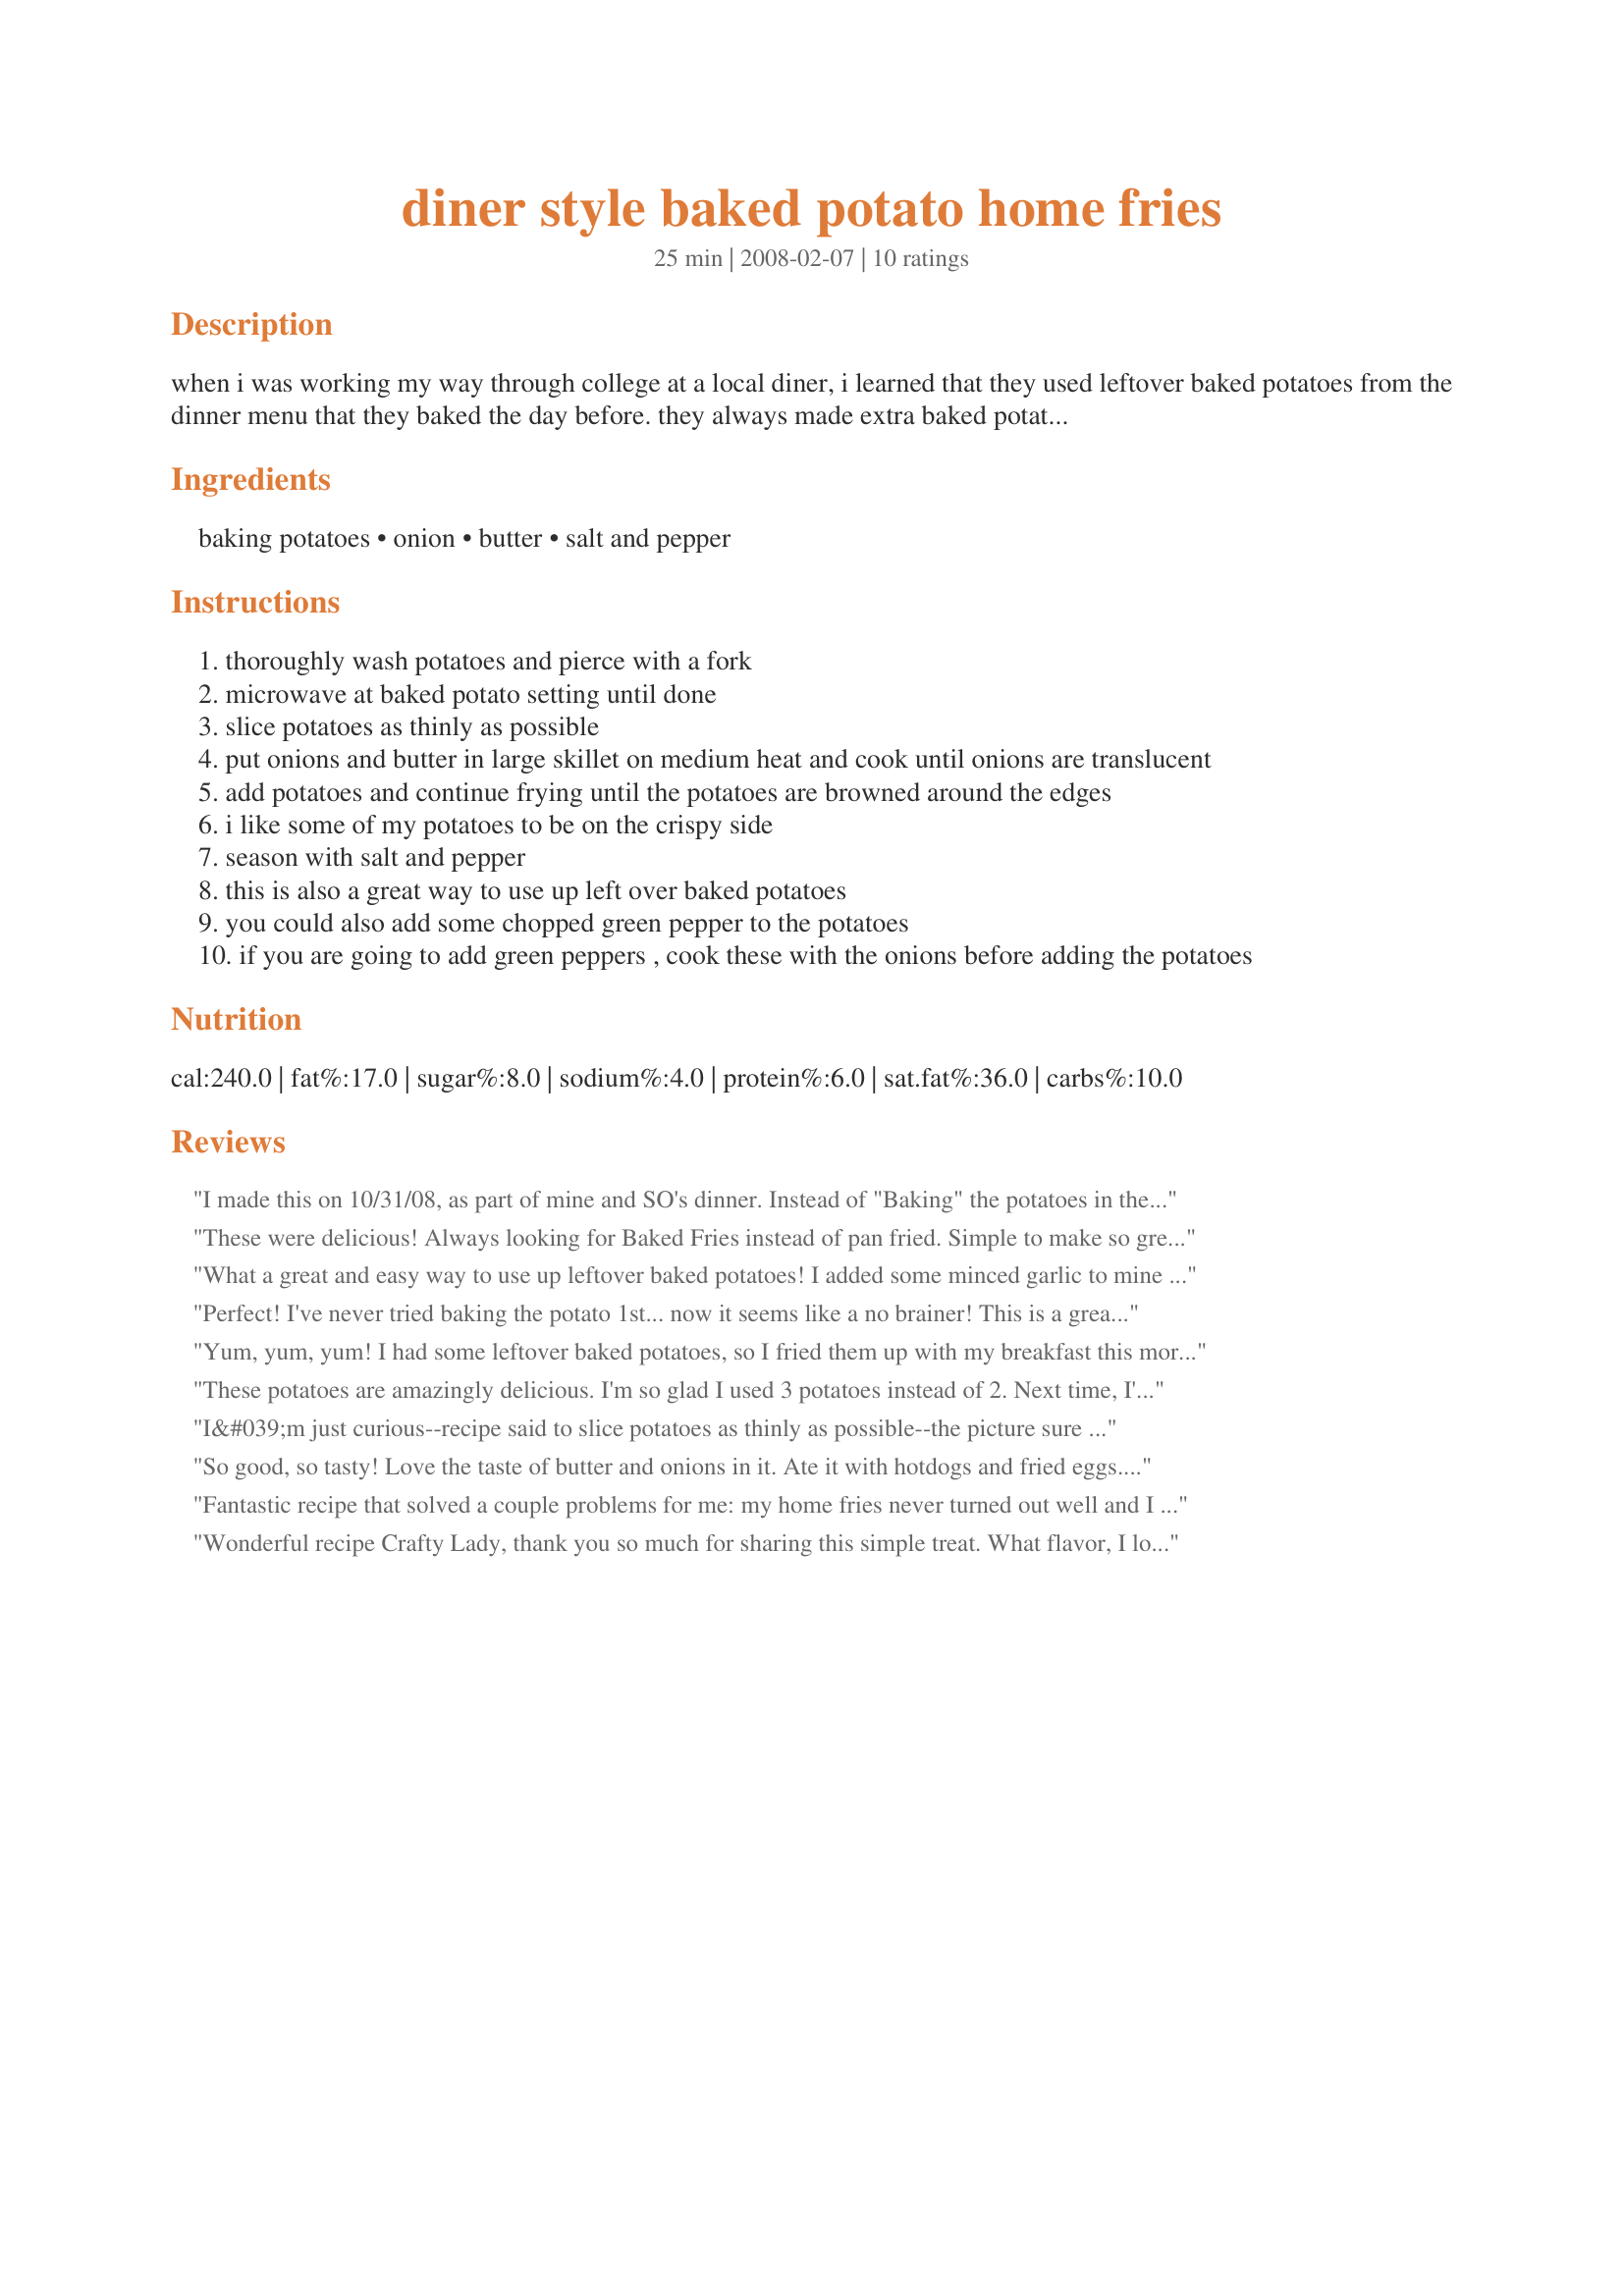
diner style baked potato home fries
Preparation time: 25 minutes

when i was working my way through college at a local diner, i learned that they used leftover baked potatoes from the dinner menu that they baked the day before. they always made extra baked potatoes so that they could use them for home fries the next morning. i discovered that that was the "secret" to having flaky, crispy home fries. very easy to make.

Ingredients:
baking potatoes, onion, butter, salt and pepper

Steps:
thoroughly wash potatoes and pierce with a fork
microwave at baked potato setting until done
slice potatoes as thinly as possible
put onions and butter in large skillet on medium heat and cook until onions are translucent
add potatoes and continue frying until the potatoes are browned around the edges
i like some of my potatoes to be on the crispy side
season with salt and pepper
this is also a great way to use up left over baked potatoes
you could also add some chopped green pepper to the potatoes
if you are going to add green peppers , cook these with the onions before adding the potatoes

Reviews:
I made this on 10/31/08, as part of mine and SO's dinner. Instead of "Baking" the potatoes in the microwave, there was a couple leftover from the night before so those were used.And as directed, the skin was left on ( gave a great texture to finished product). I've eaten at several Diners in my time, and I have to say that this recipe rates right up there with the best of them.This will be made again. Thanks so much for posting,and "Keep Smiling :)"
These were delicious! Always looking for Baked Fries instead of pan fried. Simple to make so great for the morning!
Thanks CraftyLady
What a great and easy way to use up leftover baked potatoes! I added some minced garlic to mine and we served these up with burgers. They were devoured!! Thanks for the great recipe!
Perfect! I've never tried baking the potato 1st... now it seems like a no brainer! This is a great tip! My home fries will never be the same!
Yum, yum, yum! I had some leftover baked potatoes, so I fried them up with my breakfast this morning. It was too early to do much of anything, LOL, so I just chopped my potatoes into bite-sized chunks, seasoned with Mrs. Dash (plus a pinch of salt), and fried according to your directions. An easy and delicious addition to breakfast that my son and I both enjoyed!
These potatoes are amazingly delicious. I'm so glad I used 3 potatoes instead of 2. Next time, I'll just double the recipe. They are that good! I had never tried frying up left over baked potato slices before, but I will from now on. Thank you for a simple and wonderful recipe!
I&#039;m just curious--recipe said to slice potatoes as thinly as possible--the picture sure doesn&#039;t look like the potatoes were cut thinly. Other than that, I have cooked potatoes like this for years, sometimes adding chopped hot peppers with the onions. Delicious!
So good, so tasty! Love the taste of butter and onions in it. Ate it with hotdogs and fried eggs. Oooh total comfort food- diner style! Yum! Thanks for sharing, Crafty Lady. Made for Aus Recipe Swap #26.
Fantastic recipe that solved a couple problems for me: my home fries never turned out well and I never know how to use up left-over baked potatoes. Using butter made for great taste and texture. I made them using onions and green peppers, served with eggs and cinnamon toast for dinner. Felt like I was down at the local diner. What a treat!
Wonderful recipe Crafty Lady, thank you so much for sharing this simple treat. What flavor, I love crisp tender potatoes and these were the bomb. Quick and easy to make, I could have eaten the potatoes and nothing else, they were that good. The butter, salt and pepper turned the lowly spud into a thing of joy.
